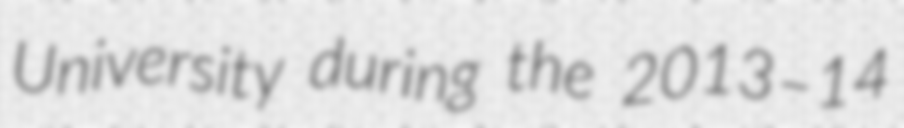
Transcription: University during the 2013–14